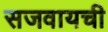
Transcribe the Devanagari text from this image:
सजवायची